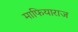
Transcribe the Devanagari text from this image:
माफियाराज